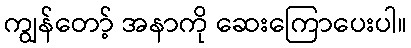
ကျွန်တော့် အနာကို ဆေးကြောပေးပါ။